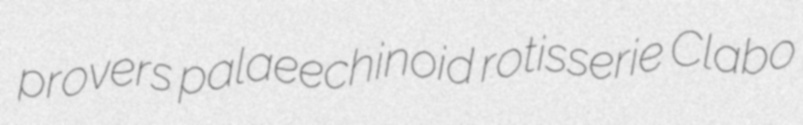
provers palaeechinoid rotisserie Clabo